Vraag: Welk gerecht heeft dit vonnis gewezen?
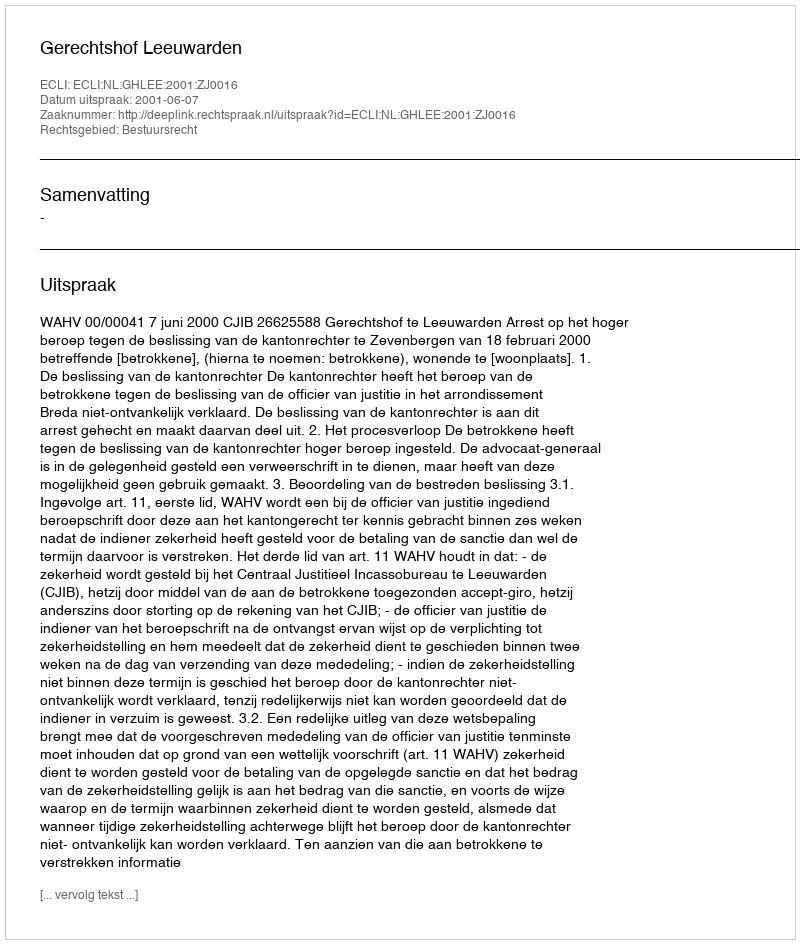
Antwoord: Gerechtshof Leeuwarden